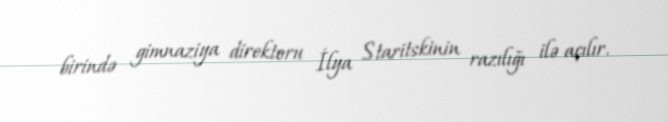
birində gimnaziya direktoru İlya Staritskinin razılığı ilə açılır.